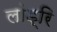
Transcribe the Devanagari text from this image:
लांड्रि